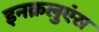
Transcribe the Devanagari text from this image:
इनक्रलुएंस